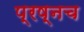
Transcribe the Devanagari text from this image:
प्रष्नच